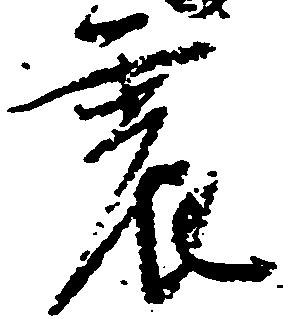
震